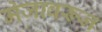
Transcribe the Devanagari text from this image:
मेजावरून